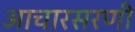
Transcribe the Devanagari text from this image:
आचारसरणी